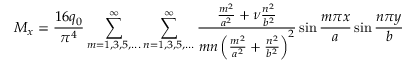
M _ { x } = { \frac { 1 6 q _ { 0 } } { \pi ^ { 4 } } } \sum _ { m = 1 , 3 , 5 , . . . } ^ { \infty } \sum _ { n = 1 , 3 , 5 , . . . } ^ { \infty } { \frac { { \frac { m ^ { 2 } } { a ^ { 2 } } } + \nu { \frac { n ^ { 2 } } { b ^ { 2 } } } } { m n \left( { \frac { m ^ { 2 } } { a ^ { 2 } } } + { \frac { n ^ { 2 } } { b ^ { 2 } } } \right) ^ { 2 } } } \sin { \frac { m \pi x } { a } } \sin { \frac { n \pi y } { b } }